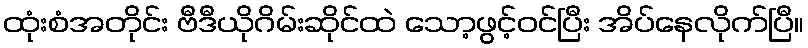
ထုံးစံအတိုင်း ဗီဒီယိုဂိမ်းဆိုင်ထဲ သော့ဖွင့်ဝင်ပြီး အိပ်နေလိုက်ပြီ။